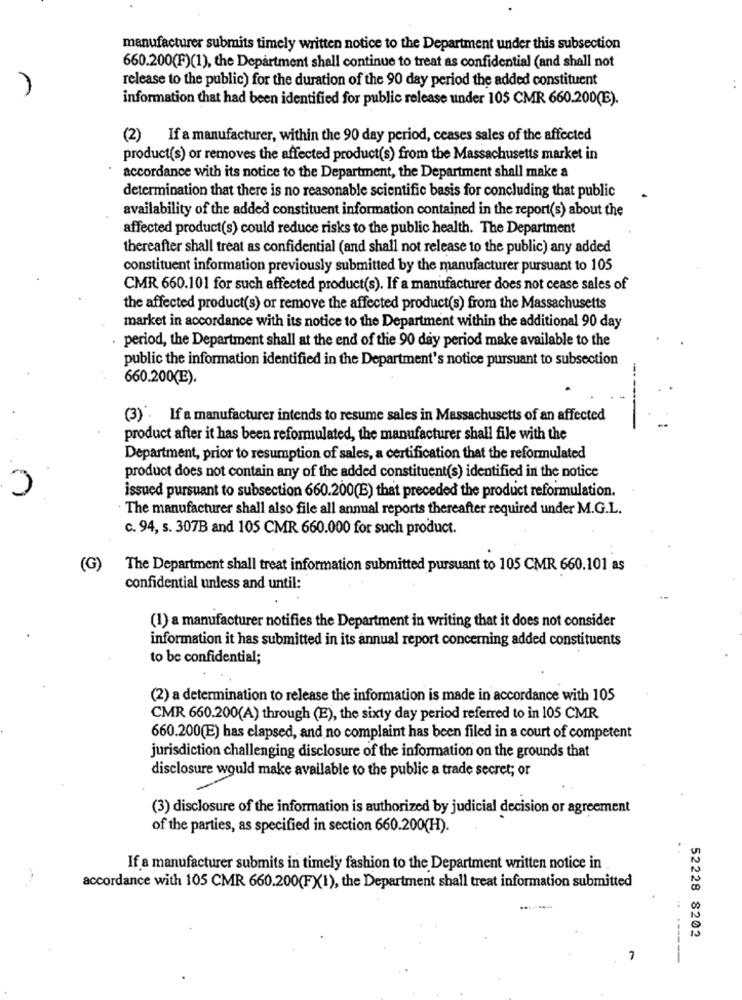
manufacturer submits timely written notice to the Department under this subsection
660.200(F)(1), the Department shall continue to treat as confidential (and shall not
release to the public) for the duration of the 90 day period the added constituent
information that had been identified for public release under 105 CMR 660.200(E).
(2) If a manufacturer, within the 90 day period, ceases sales of the affected
product(s) or removes the affected product(s) from the Massachusetts market in
accordance with its notice to the Department, the Department shall make a
determination that there is no reasonable scientific basis for concluding that public
availability of the added constituent information contained in the report(s) about the
affected product(s) could reduce risks to the public health. The Department
thereafter shall treat as confidential (and shall not release to the public) any added
constituent information previously submitted by the manufacturer pursuant to 105
CMR 660.101 for such affected product(s). If a manufacturer does not cease sales of
the affected product(s) or remove the affected product(s) from the Massachusetts
market in accordance with its notice to the Department within the additional 90 day
period, the Department shall at the end of the 90 day period make available to the
public the information identified in the Department's notice pursuant to subsection
660.200(E).
(3) . If a manufacturer intends to resume sales in Massachusetts of an affected
product after it has been reformulated, the manufacturer shall file with the
Department, prior to resumption of sales, a certification that the reformulated
product does not contain any of the added constituent(s) identified in the notice
issued pursuant to subsection 660.200(B) that preceded the product reformulation.
The manufacturer shall also file all annual reports thereafter required under M.G.L.
c. 94, s. 307B and 105 CMR 660.000 for such product.
(G)
The Department shall treat information submitted pursuant to 105 CMR 660.101 as
confidential unless and until:
(1) a manufacturer notifies the Department in writing that it does not consider
information it has submitted in its annual report concerning added constituents
to be confidential;
(2) a determination to release the information is made in accordance with 105
CMR 660.200(A) through (E), the sixty day period referred to in 105 CMR
660.200(E) has elapsed, and no complaint has been filed in a court of competent
jurisdiction challenging disclosure of the information on the grounds that
disclosure would make available to the public a trade secret; or
(3) disclosure of the information is authorized by judicial decision or agreement
of the parties, as specified in section 660.200(H).
If a manufacturer submits in timely fashion to the Department written notice in
accordance with 105 CMR 660.200(FX1), the Department shall treat information submitted
52228 8202
7